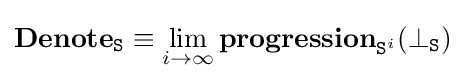
\mathbf {Denote} _{\mathtt {S}}\equiv \lim _{i\to \infty }\mathbf {progression} _{{\mathtt {S}}^{i}}(\bot _{\mathtt {S}})